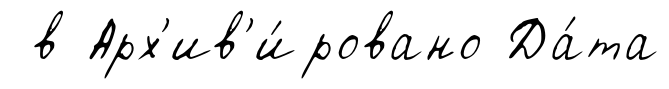
в Арх'ив'и́ровано Да́та